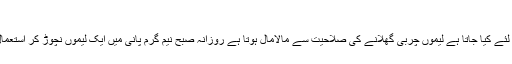
وزن گھٹانے کے لئے
لیموں پانی کا سب سے زیادہ استعمال وزن گھٹانے کے لئے کیا جاتا ہے لیموں چربی گھلانے کی صلاحیت سے مالامال ہوتا ہے روزانہ صبح نیم گرم پانی میں ایک لیموں نچوڑ کر استعمال کرنے سے ایک ہفتے میں ہی فرق سامنے ا جائے گا۔